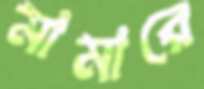
মামারে